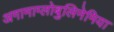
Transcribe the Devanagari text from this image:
अगामाग्लोबुलिनेमिया